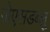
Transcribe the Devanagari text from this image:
जेएसडब्लू